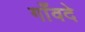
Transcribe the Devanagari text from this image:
गाँवदे